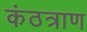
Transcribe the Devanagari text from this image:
कंठत्राण